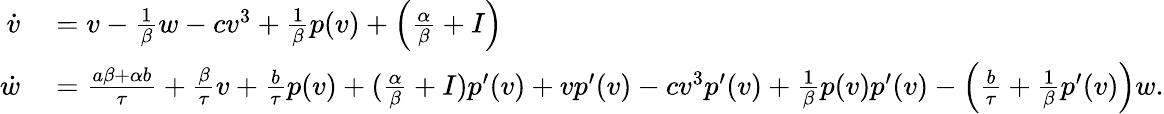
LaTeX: \begin{array}{rl}{\dot{v}}&{{}=v-\frac{1}{\beta}w-cv^{3}+\frac{1}{\beta}p(v)+\Big(\frac{\alpha}{\beta}+I\Big)}\\ {\dot{w}}&{{}=\frac{a\beta+\alpha b}{\tau}+\frac{\beta}{\tau}v+\frac{b}{\tau}p(v)+(\frac{\alpha}{\beta}+I)p^{\prime}(v)+vp^{\prime}(v)-cv^{3}p^{\prime}(v)+\frac{1}{\beta}p(v)p^{\prime}(v)-\Big(\frac{b}{\tau}+\frac{1}{\beta}p^{\prime}(v)\Big)w.}\end{array}